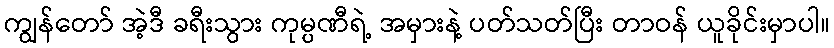
ကျွန်တော် အဲ့ဒီ ခရီးသွား ကုမ္ပဏီရဲ့ အမှားနဲ့ ပတ်သတ်ပြီး တာဝန် ယူခိုင်းမှာပါ။